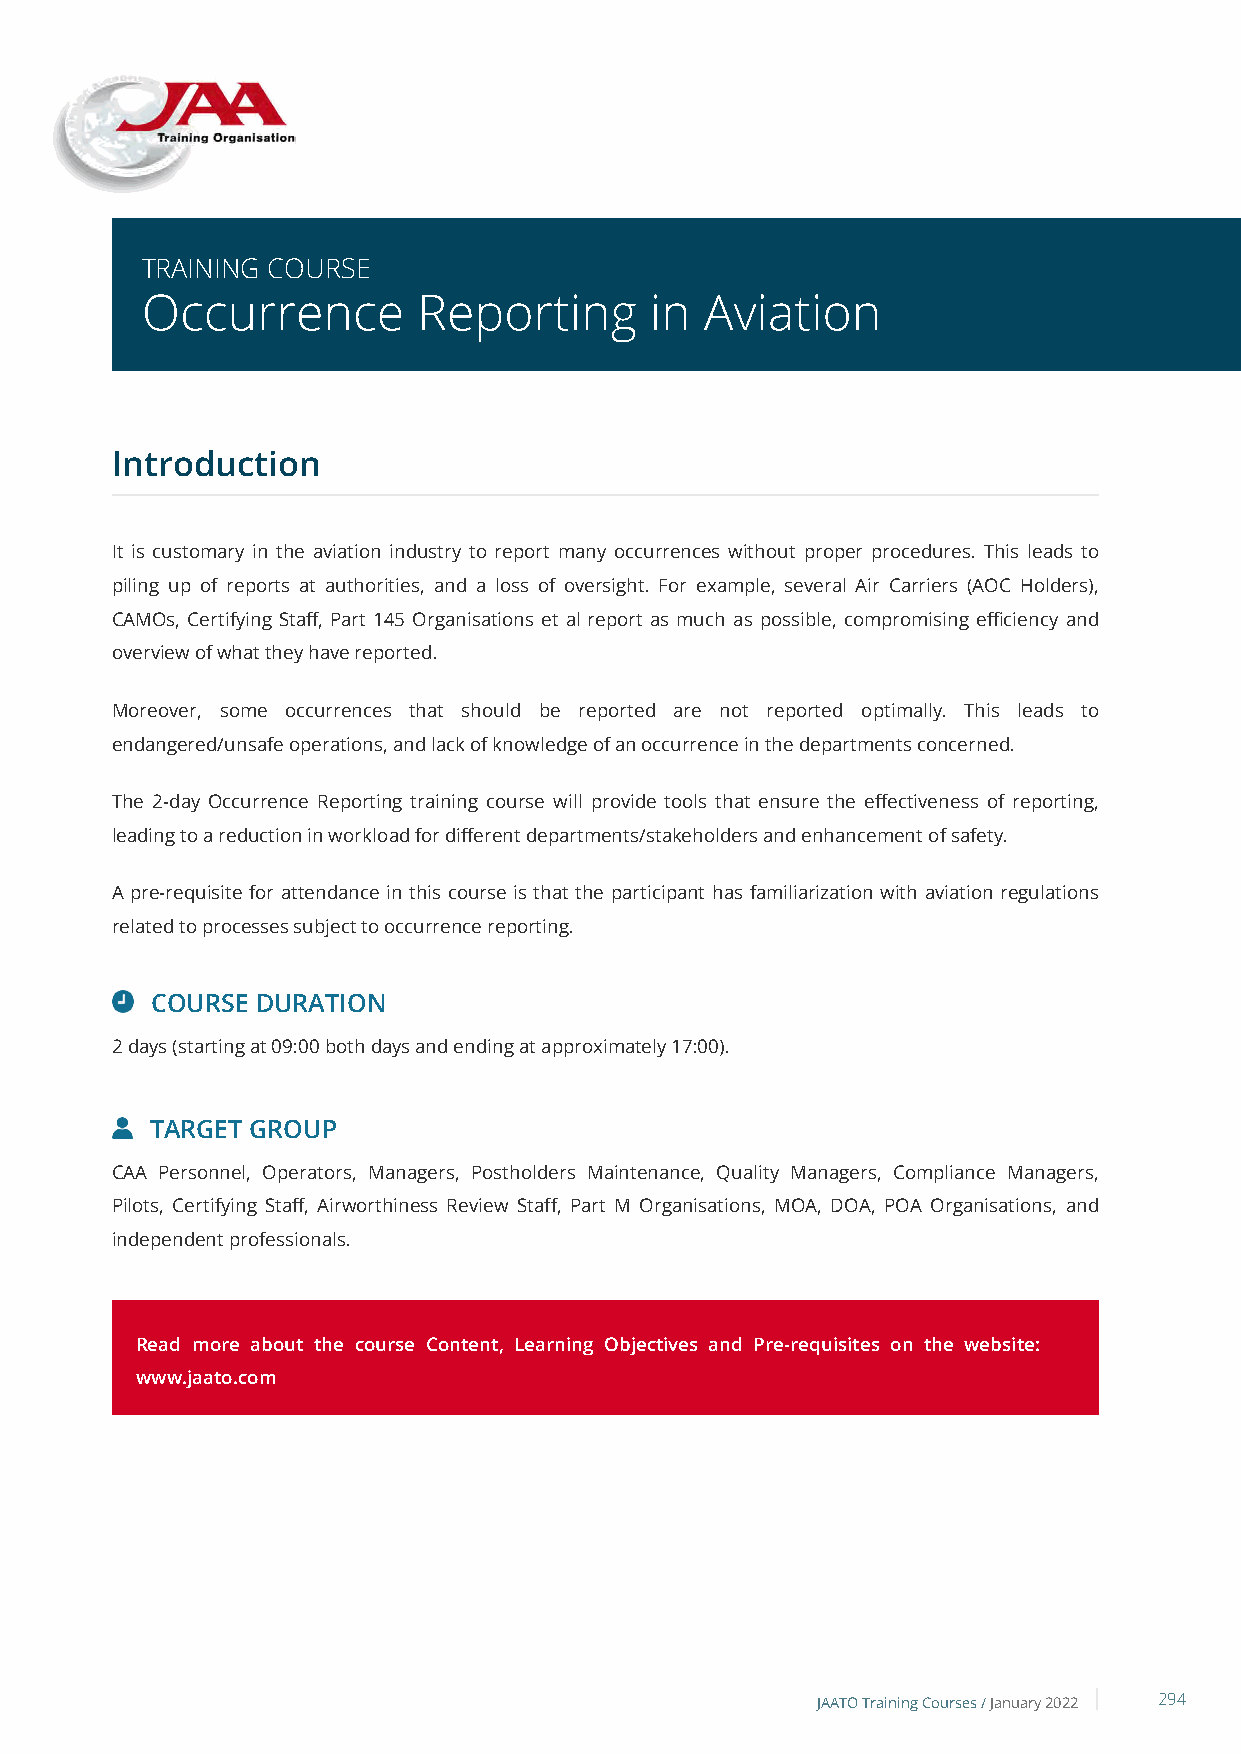
TRAINING COURSE
 Occurrence         Reporting      in  Aviation
 Introduction
 It is customary in the aviation industry to report many occurrences without proper procedures. This leads to
 piling up of reports at authorities, and a loss of oversight. For example, several Air Carriers (AOC Holders),
 CAMOs, Certifying Staff, Part 145 Organisations et al report as much as possible, compromising efficiency and
 overview of what they have reported.
 Moreover, some occurrences that should be reported are not reported optimally. This leads to
 endangered/unsafe operations, and lack of knowledge of an occurrence in the departments concerned.
 The 2-day Occurrence Reporting training course will provide tools that ensure the effectiveness of reporting,
 leading to a reduction in workload for different departments/stakeholders and enhancement of safety.
 A pre-requisite for attendance in this course is that the participant has familiarization with aviation regulations
 related to processes subject to occurrence reporting.
 COURSE DURATION
 2 days (starting at 09:00 both days and ending at approximately 17:00).
 TARGET GROUP
 CAA Personnel, Operators, Managers, Postholders Maintenance, Quality Managers, Compliance Managers,
 Pilots, Certifying Staff, Airworthiness Review Staff, Part M Organisations, MOA, DOA, POA Organisations, and
 independent professionals.
 Read more about the course Content, Learning Objectives and Pre-requisites on the website:
 www.jaato.com
 JAATO Training Courses /January 2022 294